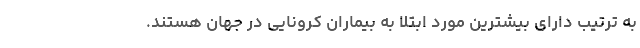
به ترتیب دارای بیشترین مورد ابتلا به بیماران کرونایی در جهان هستند.